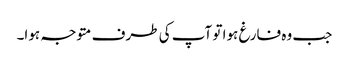
جب وہ فارغ ہوا تو آپ کی طرف متوجہ ہوا۔